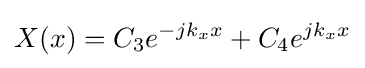
X(x)=C_{3}e^{-jk_{x}x}+C_{4}e^{jk_{x}x}